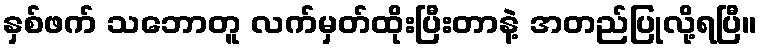
နှစ်ဖက် သဘောတူ လက်မှတ်ထိုးပြီးတာနဲ့ အတည်ပြုလို့ရပြီ။